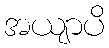
အယျာပိ